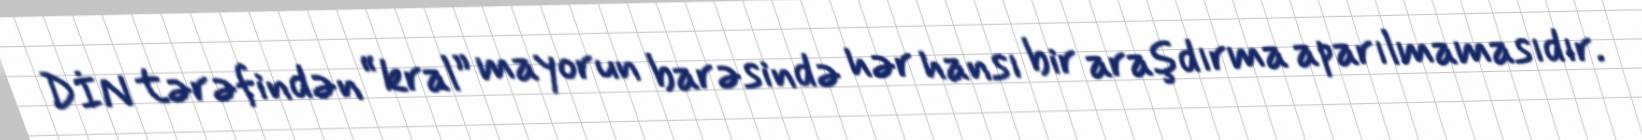
DİN tərəfindən “kral” mayorun barəsində hər hansı bir araşdırma aparılmamasıdır.